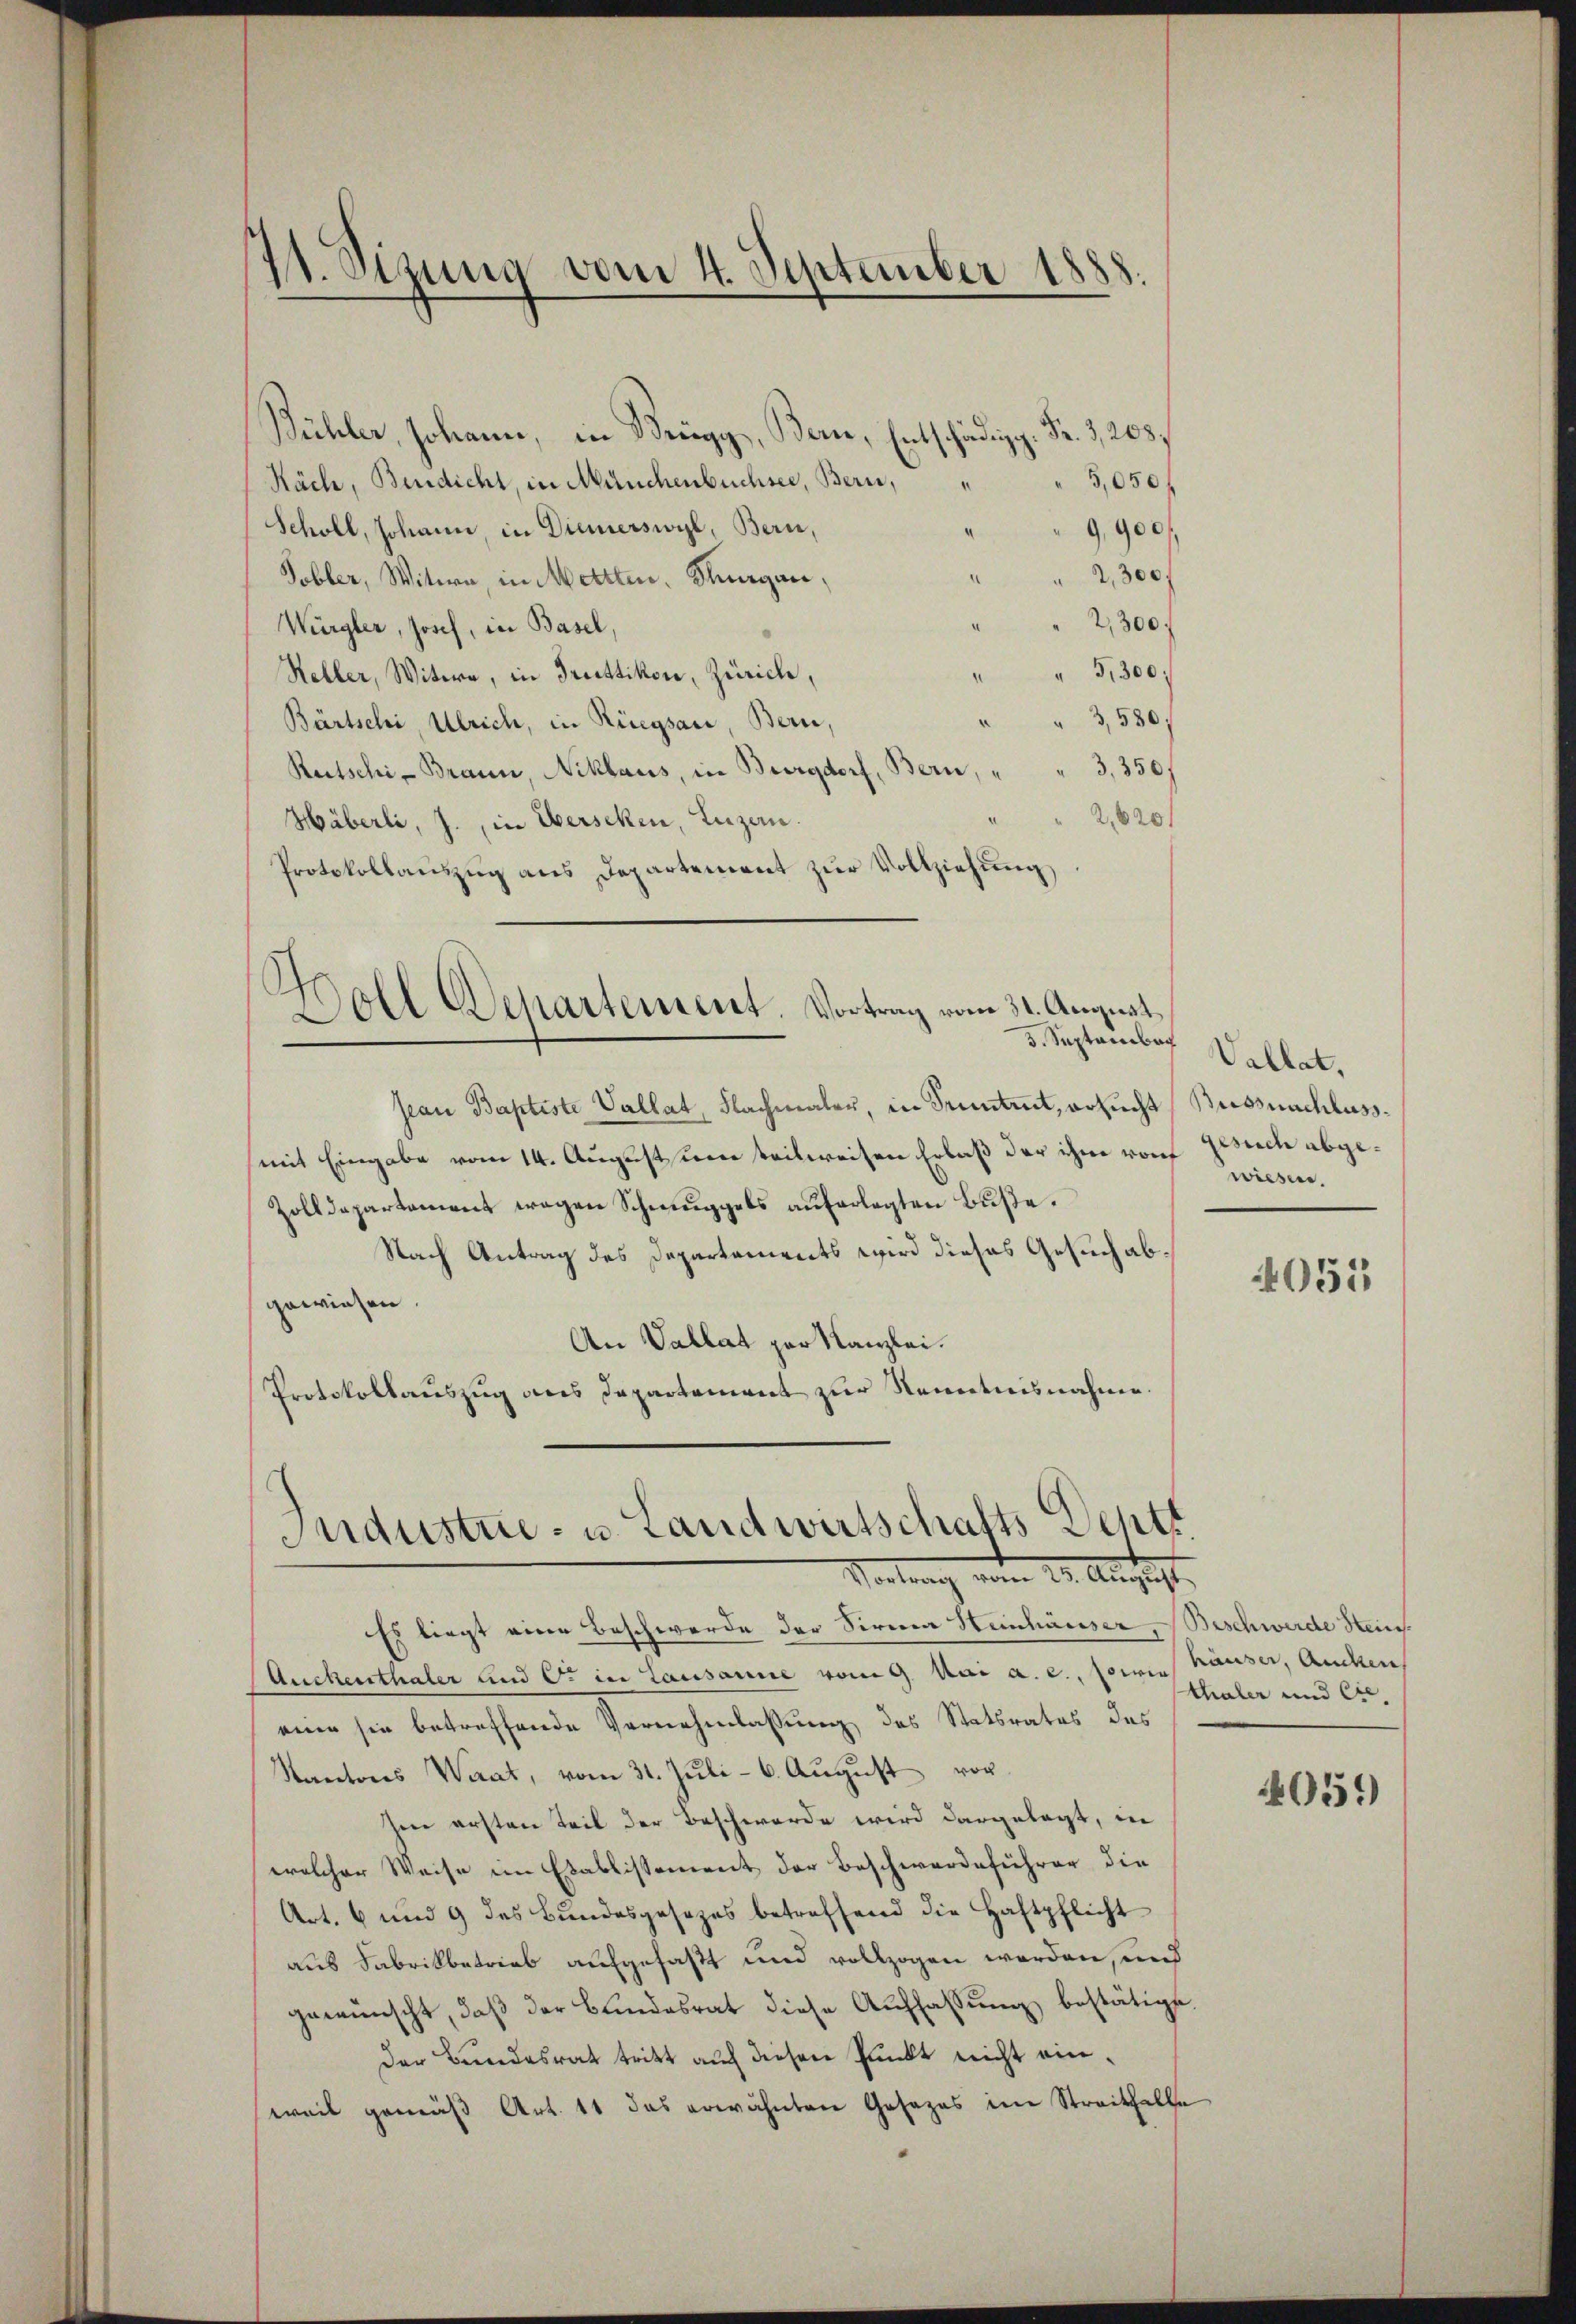
71. Sizung vom 4. September 1888.
.

Bühler, Johann, in Brugg, Bern, Entschädigg. Fr. 3, 205.
5,050 f
Räch, Bindicht, in Münchenbüchsee, Bern,
Schöll, Johann, in Diemerswyl, Bern,
9,900
2,300.
Tobler, Witwe, in Mettten, Thurgau,
2,300.
Würgler, Josef, in Basel,
" 5,300
Keller, Witwe, in Truttikon, Zürich,
¬
" 3,580;
Bärtschi, Ulrich, in Rüegsau, Bern,
Reitschi- Braun, Niklaus, in Burgdorf, Bern, " " 3,350)
2,620/
Häberli, J., in Obersehen, Luzern.
Protokollauszug aus Departement zur Vollziehung
Woll Departement. Vortrag vom 31. August
3. September Vallat,
Jean Baptiste Vallat, Flachmalen, in Pruntrut, ersucht (Bussnachlassmit Eingabe vom 14. August um teilweisen Erlaß der ihm rof Besuch abge¬
Zolldepartement wegen Schmuggels auferlegten Buße.
Nach Antrag des Departements wird dieses Gesuch abgewiesen.
An Vallat par Kanzlei.
Protokollauszug des Departement zur Kenntnisnahme.

Es liegt eine Beschwerde der Sirma Heinhäuser, Beschwerde Stein-
Auckenthaler und C. in Lausanne vom 9. Mai a. c., sowie Häuser, auchen
eine sie betreffende Vernehmlassung des Statsrates das
Kantons Waat, vom 31. Jŭli - 6. Aŭgŭst vor
hin ersten Teil der Beschwerde wird dargelegt, in
welcher Weise im Etablissement der Beschwerdeführer die
Art. 6 und 9 des Bundesgesezes betreffend die Haftpflicht
aus Fabrikbetrieb aufgefaßt und vollzogen werden, und
gewünscht, daβ der Bŭndesrat diese Auffassŭng bestätigt.
der Bundesrat tritt auf diesen Punkt nicht einweil gemäβ Art. 11 das erwähnten Gesezes im Streitfalle

c
Industrie- u. Landwirtschafts Dentt
Vortrag vom 19. August,

wiesen,

4055

thaler und Cre¬

4059